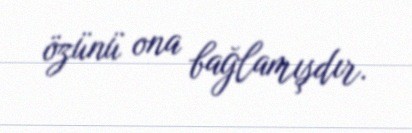
özünü ona bağlamışdır.